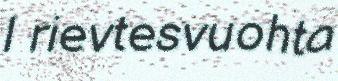
l rievtesvuohta